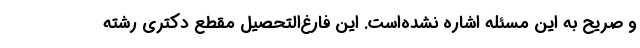
و صریح به این مسئله اشاره نشده‌است. این فارغ‌التحصیل مقطع دکتری رشته